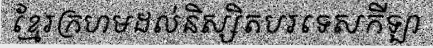
ខ្មែរក្រហមដល់និស្សិតបរទេសកីឡា